Kominterni_Eesti_sektsioon_Moskvas, lk 14
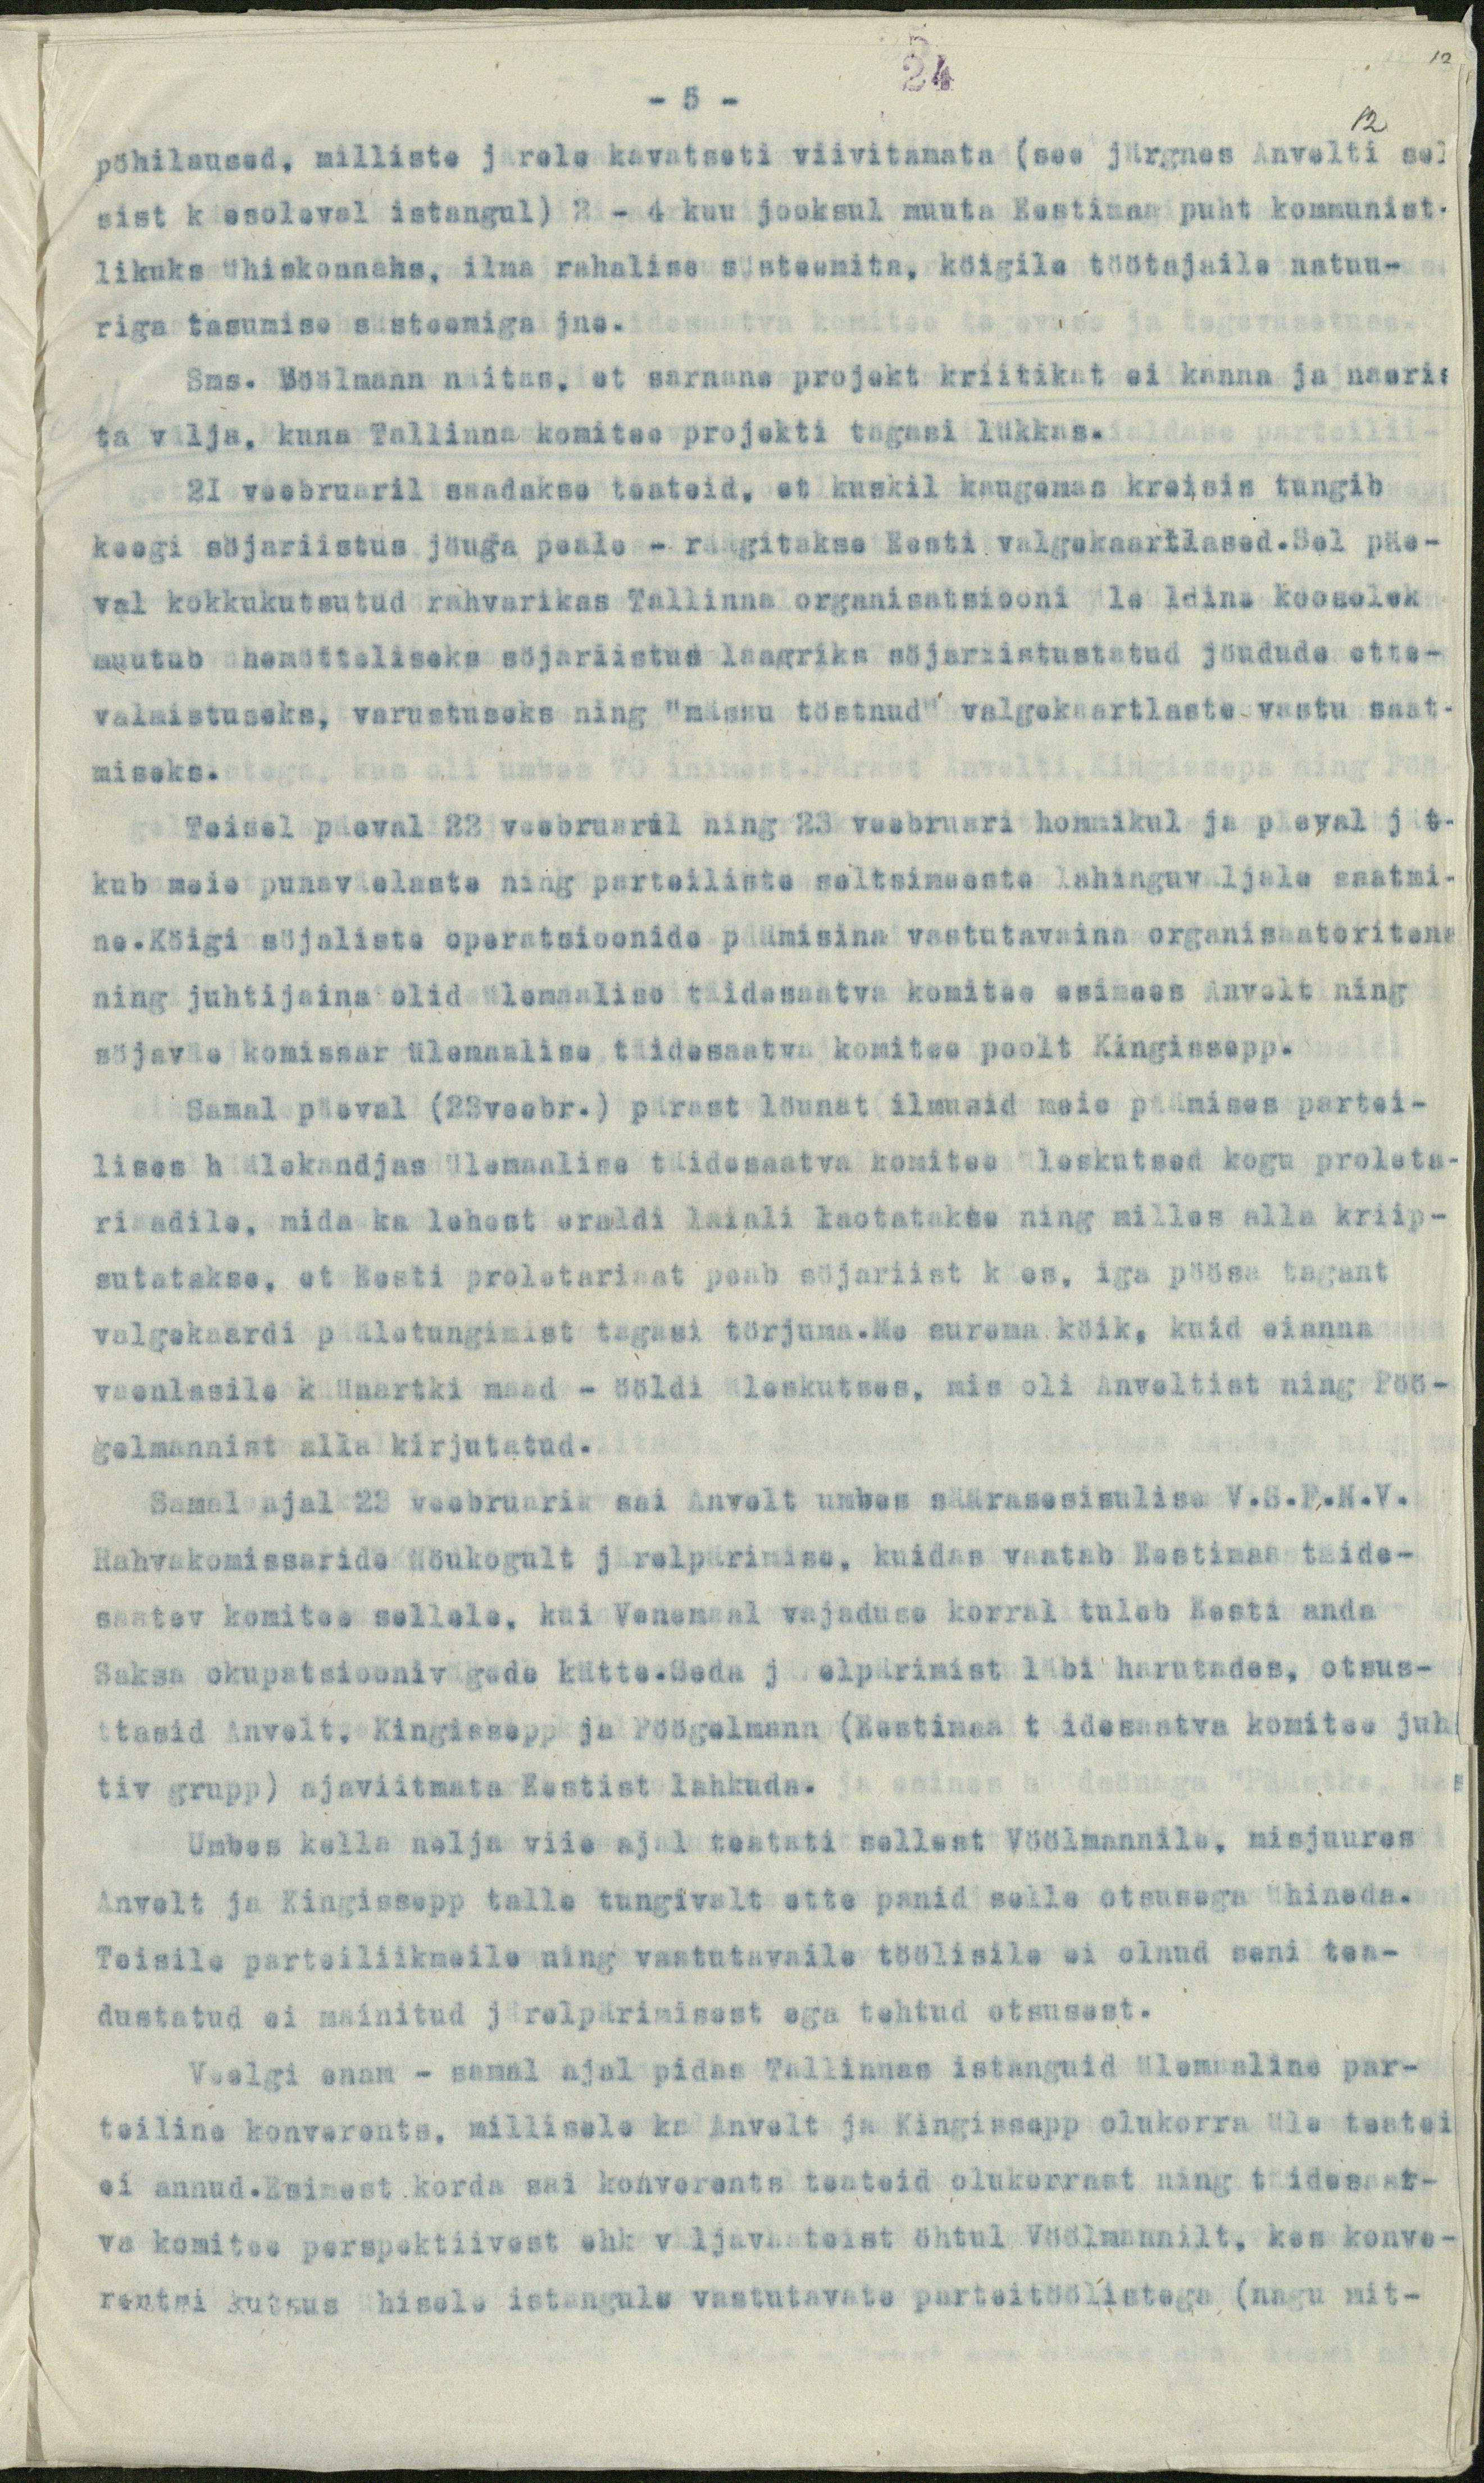
-5 -
24
pöhilaused, milliste järele kavatseti viivitamata (see järgnes Anvelti sel
12
sist käesoleval istangul) 2 - 4 kuu jooksul muuta Eestimaa puht kommunist-
likuks ühiskonnaks, ilma rahalise süsteemita, köigile töötajaile natuu-
riga tasumise süsteemiga jne.
Sms. Vöölmann näitas, et sarnane projekt kriitikat ei kanna ja naeris
ta välja, kuna Tallinna komitee projekti tagasi lükkas.
21 veebruaril saadakse teateid, et kuskil kaugemas kreisis tungib
keegi söjariistus jöuga peale - räägitakse Eesti valgakaartlased.Sel päe-
val kokkukutsutud rahvarikas Tallinna organisatsiooni üleüldine koosolek
muutub ühemötteliseks söjariistus laagriks söjariistustatud jöudude ette-
valmistuseks, varustuseks ning "mässu töstnud" valgekaartlaste vastu saat-
miseks.
Teisel päeval 22 veebruaril ning 23 veebruari hommikul ja päeval jät-
kub meie punaväelaste ning parteiliste seltsimeeste lahinguväljale saatmi-
ne.Köigi söjaliste operatsioonide päämisina vastutavaina organisaatoritena
ning juhtijaina olid ülemaalise täidesaatva komitee esimees Anvelt ning
söjaväe komissar ülemaalise täidesaatva komitee poolt Kingissepp.
Samal päeval (23veebr.) pärast löunat ilmusid meie päämises partei-
lises häälekandjas ülemaalise täidesaatva komitee üleskutsed kogu proleta-
riaadile, mida ka lehest eraldi laiali laotatakse ning milles alla kriip-
sutatakse, et Eesti proletariaat peab söjariist käes, iga pöösa tagant
valgekaardi pääletungimist tagasi törjuma.Me surema köik, kuid ei anna
vaenlasile küünartki maad - ööldi üleskutses, mis oli Anveltist ning Pöö-
gelmannist alla kirjutatud.
Samal ajal 23 veebruarik sai Anvelt umbes säärasesisulise V.S.F.N.V.
Rahvakomissaride Nõukogult järelpärimise, kuidas vaatab Eestimaa täide-
saatev komitee sellele, kui Venemaal vajaduse korral tuleb Eesti anda
Saksa okupatsioonivägede kätte.Seda järelpärimist läbi harutades, otsus-
tasid Anvelt, Kingissepp ja Pöögelmann (Eestimaa täidesaatva komitee juh-
tiv grupp) ajaviitmata Eestist lahkuda.
Umbes kella nelja viie ajal teatati sellest Vöölmannile, misjuures
Anvelt ja Kingissepp talle tungivalt ette panid selle otsusega ühineda.
Teisile parteiliikmeile ning vastutavaile töölisile ei olnud seni tea-
dustatud ei mainitud järelpärimisest ega tehtud otsusest.
Veelgi enam - samal ajal pidas Tallinnas istanguid ülemaaline par-
teiline konverents, millisele ka Anvelt ja Kingissepp olukorra üle teatei
ei annud. Esimest korda sai konverents teateid olukorrast ning täidesaat-
va komitee perspektiivest ehk väljavaateist õhtul Vöölmannilt, kes konve-
rentsi kutsus ühisele istangule vastutavate parteitöölistega (nagu mit-